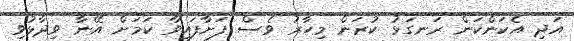
އަދި އެކަންކަން ރަނގަޅު ކުރަން މިހާރު ވެސް ފަށާފައިވާ ކަމަށް އޭނާ ވިދާޅުވި